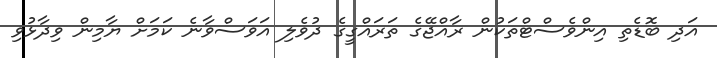
އަދި ބޮޑެތި އިންވެސްޓްތަކުން ރާއްޖޭގެ ތަރައްގީގެ ދުވެލި އަވަސްވާނެ ކަަމަށް ޔާމިން ވިދާޅުވި